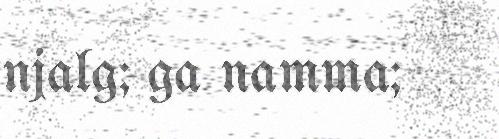
njalg; ga namma;